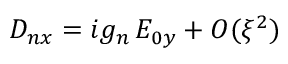
D _ { n x } = i g _ { n } \, E _ { 0 y } + O ( \xi ^ { 2 } )